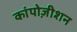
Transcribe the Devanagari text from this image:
कांपोज़ीशन